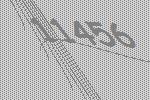
11456